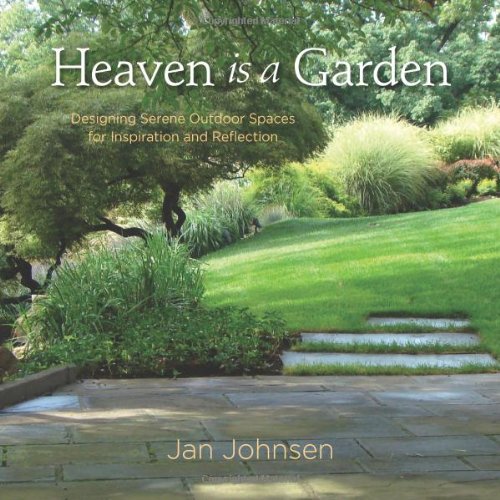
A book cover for Heaven is a Garden: Designing Serene Spaces for Inspiration and Reflection; Jan Johnsen; Crafts, Hobbies & Home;